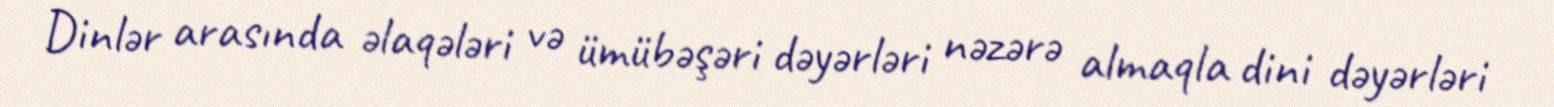
Dinlər arasında əlaqələri və ümübəşəri dəyərləri nəzərə almaqla dini dəyərləri